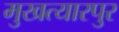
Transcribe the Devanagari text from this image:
मुखत्यारपुर